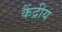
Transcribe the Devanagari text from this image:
कैंद्रीय